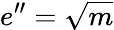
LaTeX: e^{\prime\prime}={\sqrt{m}}